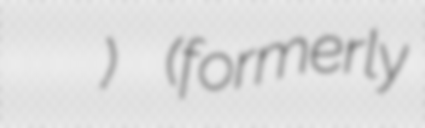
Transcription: Офіс Президента України) (formerly